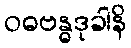
ဝဓဗန္ဓဒုခါနိ